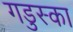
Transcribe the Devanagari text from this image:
गडुस्का